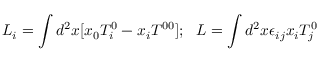
L _ { i } = \int d ^ { 2 } x [ x _ { 0 } T _ { i } ^ { 0 } - x _ { i } T ^ { 0 0 } ] ; \ \ L = \int d ^ { 2 } x \epsilon _ { i j } x _ { i } T _ { j } ^ { 0 }